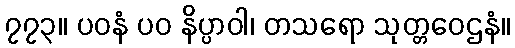
၇၇၃။ ပဝနံ ပဝ နိပ္ပာဝါ၊ တသရော သုတ္တဝေဌနံ။